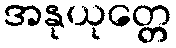
အနုယုတ္တေ